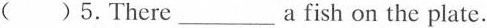
( )5.There ___ a fish on the plate.